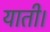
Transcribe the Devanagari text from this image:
याती।